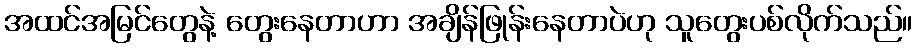
အထင်အမြင်တွေနဲ့ တွေးနေတာဟာ အချိန်ဖြုန်းနေတာပဲဟု သူတွေးပစ်လိုက်သည်။